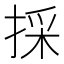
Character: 採